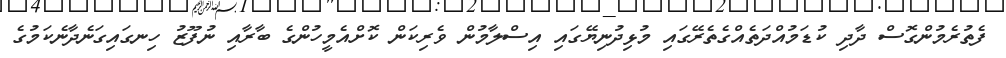
ފެތުރެމުންގޮސް ދާދި ކުޑަމުއްދަތެއްގެތެރޭގައި މުޅިދުނިޔޭގައި އިސްލާމުން ވެރިކަން ކޮށްއެމީހުންގެ ބާރާއި ނުފޫޒު ހިނގައިގަނެދާނެކަމުގެ